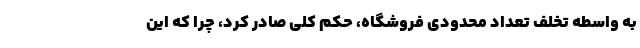
به واسطه تخلف تعداد محدودی فروشگاه، حکم کلی صادر کرد، چرا که این